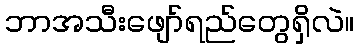
ဘာအသီးဖျော်ရည်တွေရှိလဲ။